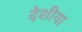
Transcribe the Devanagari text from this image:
देशीया